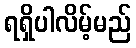
ရရှိပါလိမ့်မည်